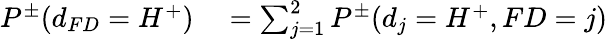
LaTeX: \begin{array}{rl}{P^{\pm}(d_{FD}=H^{+})}&{{}=\sum_{j=1}^{2}P^{\pm}(d_{j}=H^{+},FD=j)}\end{array}